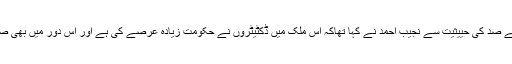
اس موقع پر جلوس کے شرکاء سے خطاب کرتے ہوئے کراچی پریس کلب کے صد کی حییثیت سے نجیب احمد نے کہا تھاکہ اس ملک میں ڈکٹیٹروں نے حکومت زیادہ عرصے کی ہے اور اس دور میں بھی صحافیوں نے اپنے فرائض کوڑے کھاکر اور جیلوں میں جاکر بھی ادا کیے ہیں۔